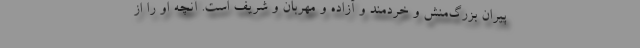
پیران بزرگ‌منش و خردمند و آزاده و مهربان و شریف است. آنچه او را از